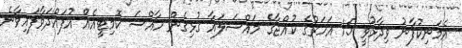
އެމަނިކުފާނު ވިދާޅުވީ 15 އަހަރުގެ ކުއްޖާގެ މައްސަލައާ ގުޅިގެން ހާއްސަ ކޮމިޓީއެއް އުފައްދަވާފައިވާނެ